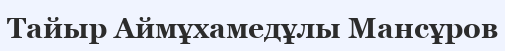
Тайыр Аймұхамедұлы Мансұров